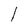
Character: 1